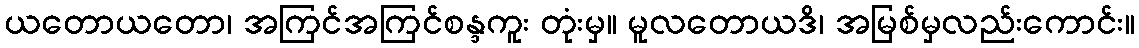
ယတောယတော၊ အကြင်အကြင်စန္ဒကူး တုံးမှ။ မူလတောယဒိ၊ အမြစ်မှလည်းကောင်း။